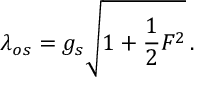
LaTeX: \lambda _ { o s } = g _ { s } \sqrt { { 1 + { \frac { 1 } { 2 } } { \cal F } ^ { 2 } } } \, .